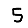
Digit: 5